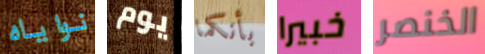
نواياه يوم بأنكما خبيرا الخنصر